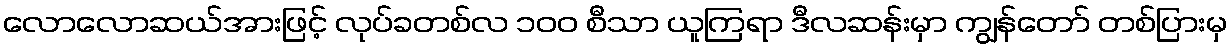
လောလောဆယ်အားဖြင့် လုပ်ခတစ်လ ၁၀၀ စီသာ ယူကြရာ ဒီလဆန်းမှာ ကျွန်တော် တစ်ပြားမှ